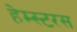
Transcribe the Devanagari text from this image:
हेम्स्टरस